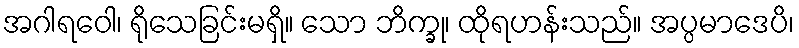
အဂါရဝေါ၊ ရိုသေခြင်းမရှိ။ သော ဘိက္ခု၊ ထိုရဟန်းသည်။ အပ္ပမာဒေပိ၊